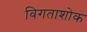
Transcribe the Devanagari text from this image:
विगताशोक